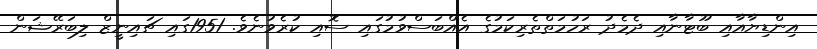
އިންޑިޔާއާއި ބޫޓާނާއި ދެމެދު ރަހުމަތްތެރިކަމުގެ އެއްބަސްވުމުގައި ސޮއި ކުރެވުނެވެ. 1951ގައި ޗައިނީޒް ލިބަރޭޝަން